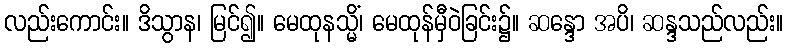
လည်းကောင်း။ ဒိသွာန၊ မြင်၍။ မေထုနသ္မိံ၊ မေထုန်မှီဝဲခြင်း၌။ ဆန္ဒော အပိ၊ ဆန္ဒသည်လည်း။